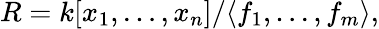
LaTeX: R=k[x_{1},\ldots,x_{n}]/\langle f_{1},\ldots,f_{m}\rangle,